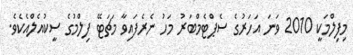
މިފިލްމަކީ 2010 ވަނަ އަހަރުގެ ސެޕްޓެމްބަރު މަހު ނެރެފައިވާ މަޗަޓޭ ފިލްމުގެ ސީކުއެލްއެކެވެ.